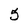
Character: 5